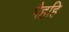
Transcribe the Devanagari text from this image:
पैहहि